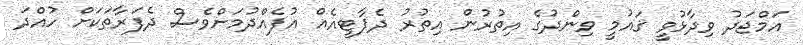
އަމްޖަދު ވިދާޅުވީ ޤައުމީ ވިންދުގެ އިތުރުން އިތުރު ދެޕާޓީއެއް އުފެއްދުމަށްވެސް ދެފަރާތަކަށް ހުއްދަ